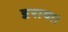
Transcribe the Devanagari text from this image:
डराया।